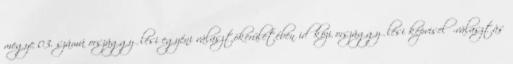
megye 03. számú országgyűlési egyéni választókerületében időközi országgyűlési képviselő-választás